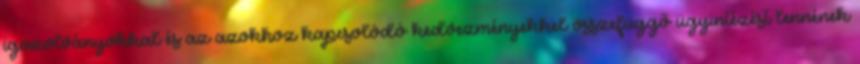
igazolványokkal és az azokhoz kapcsolódó kedvezményekkel összefüggő ügyintézést lennének